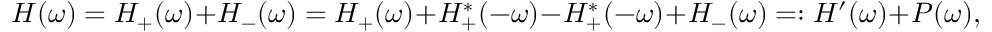
H ( \omega ) = H _ { + } ( \omega ) + H _ { - } ( \omega ) = H _ { + } ( \omega ) + H _ { + } ^ { * } ( - \omega ) - H _ { + } ^ { * } ( - \omega ) + H _ { - } ( \omega ) = : H ^ { \prime } ( \omega ) + P ( \omega ) ,